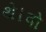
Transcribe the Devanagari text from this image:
थे।वो